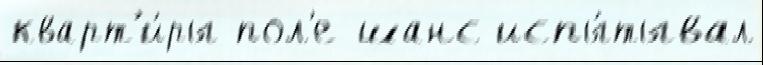
кварт'и́ры пол'е шанс испы́тывал